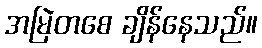
အမြဲတစေ ချိန်နေသည်။